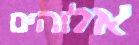
אלוהים